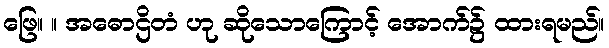
ဖြေ။ ။ အဓောဌိတံ ဟု ဆိုသောကြောင့် အောက်၌ ထားရမည်။